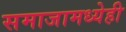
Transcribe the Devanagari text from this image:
समाजामध्येही